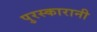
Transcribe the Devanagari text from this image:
पुरस्कारानी